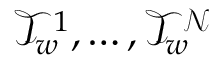
\mathcal { T } _ { w } ^ { 1 } , \ldots , \mathcal { T } _ { w } ^ { \mathcal { N } }